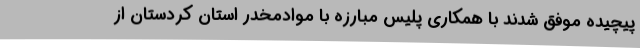
پیچیده موفق شدند با همکاری پلیس مبارزه با موادمخدر استان کردستان از